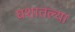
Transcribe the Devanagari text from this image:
घशातल्या